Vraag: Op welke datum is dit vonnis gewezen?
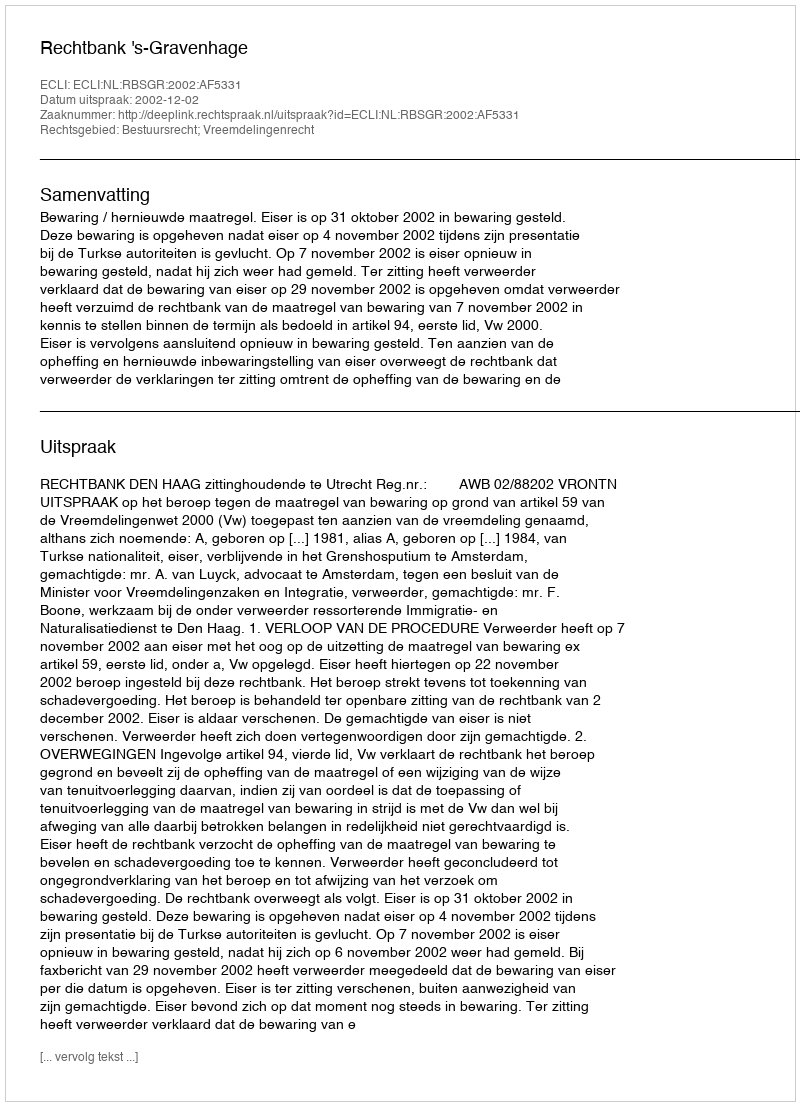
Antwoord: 2002-12-02